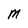
Character: M